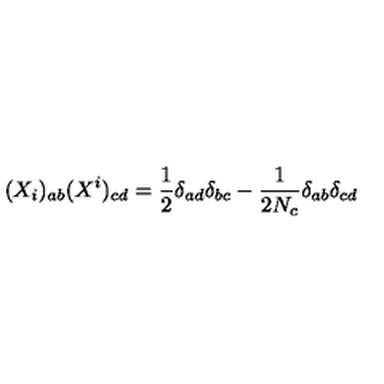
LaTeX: ( X _ { i } ) _ { a b } ( X ^ { i } ) _ { c d } = \frac { 1 } { 2 } \delta _ { a d } \delta _ { b c } - \frac { 1 } { 2 N _ { c } } \delta _ { a b } \delta _ { c d }